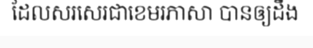
ដែលសរសេរជាខេមរភាសា បានឲ្យដឹង